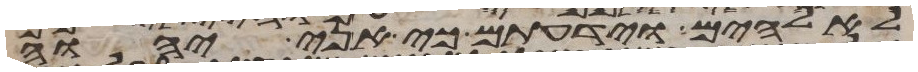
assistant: לאלהים וידעתם כי אני יהוה